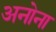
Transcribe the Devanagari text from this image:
अनोना